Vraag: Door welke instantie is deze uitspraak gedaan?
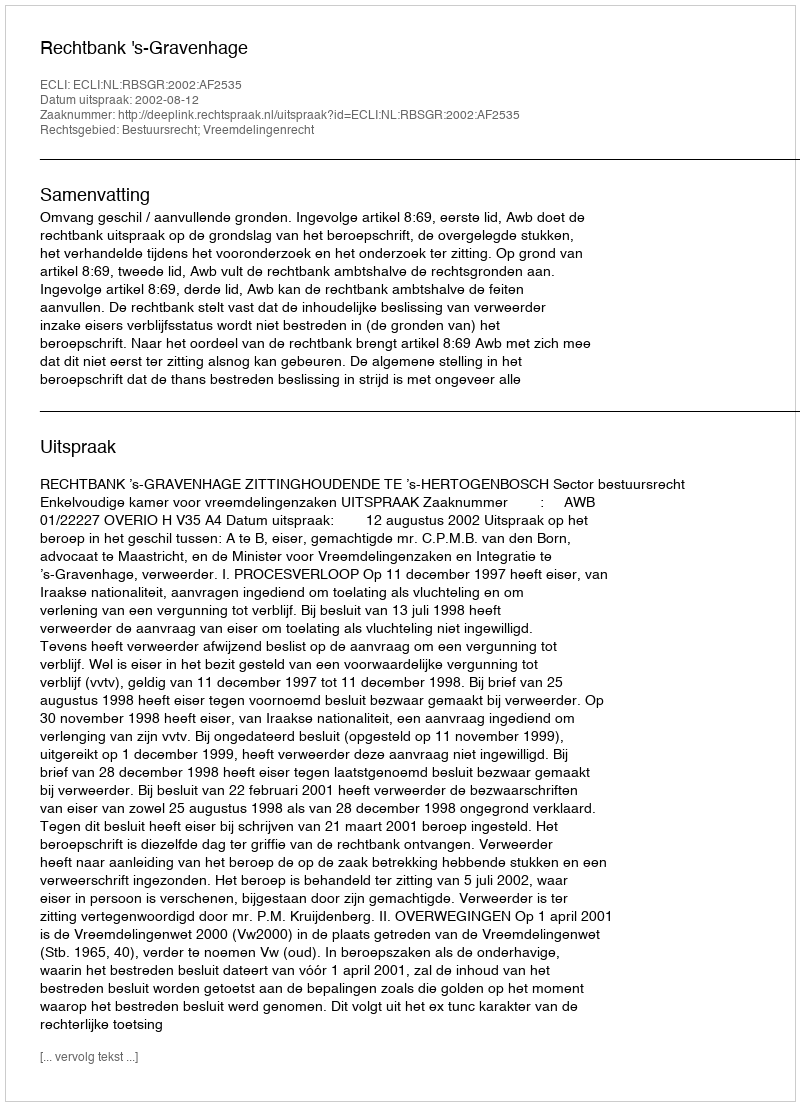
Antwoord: Rechtbank 's-Gravenhage